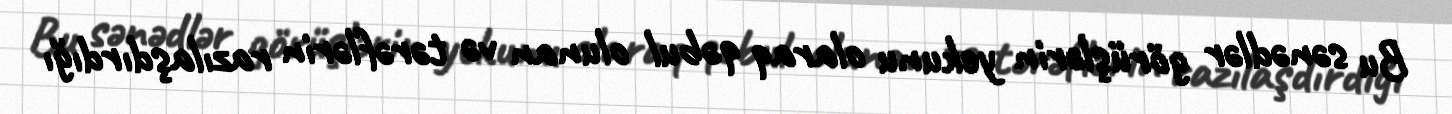
Bu sənədlər görüşlərin yekunu olaraq qəbul olunan və tərəflərin razılaşdırdığı